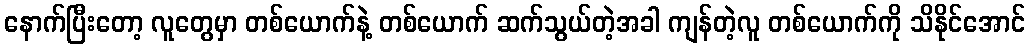
နောက်ပြီးတော့ လူတွေမှာ တစ်ယောက်နဲ့ တစ်ယောက် ဆက်သွယ်တဲ့အခါ ကျန်တဲ့လူ တစ်ယောက်ကို သိနိုင်အောင်